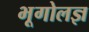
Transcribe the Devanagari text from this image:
भूगोलज्ञ